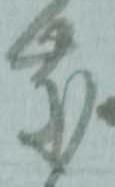
慶